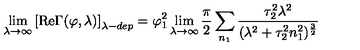
\lim _ { \lambda \to \infty } \left[ \mathrm { R e } \Gamma ( \varphi , \lambda ) \right] _ { \lambda - d e p } = \varphi _ { 1 } ^ { 2 } \lim _ { \lambda \to \infty } \frac { \pi } { 2 } \sum _ { n _ { 1 } } \frac { \tau _ { 2 } ^ { 2 } \lambda ^ { 2 } } { ( \lambda ^ { 2 } + \tau _ { 2 } ^ { 2 } n _ { 1 } ^ { 2 } ) ^ { \frac { 3 } { 2 } } } \,